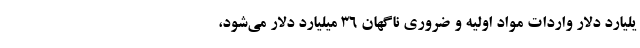
یلیارد دلار واردات مواد اولیه و ضروری ناگهان ۳۶ میلیارد دلار می‌شود،